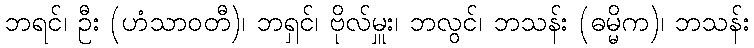
ဘရင်၊ ဦး (ဟံသာဝတီ)၊ ဘရှင်၊ ဗိုလ်မှူး၊ ဘလွင်၊ ဘသန်း (ဓမ္မိက)၊ ဘသန်း